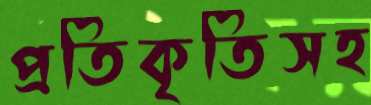
প্রতিকৃতিসহ